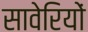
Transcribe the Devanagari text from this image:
सावेरियों